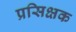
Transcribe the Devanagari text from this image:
प्रसिक्षक